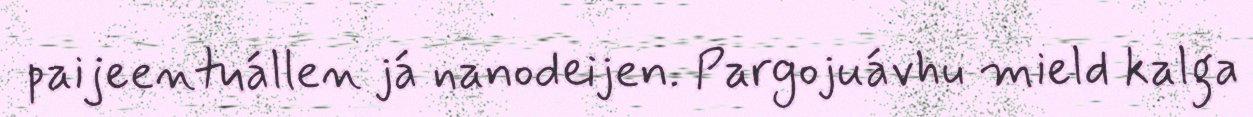
paijeentuállen já nanodeijen. Pargojuávhu mield kalga